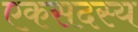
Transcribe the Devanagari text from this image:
एकसदस्य